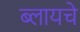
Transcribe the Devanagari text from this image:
ब्लायचे